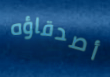
أصدقاؤه